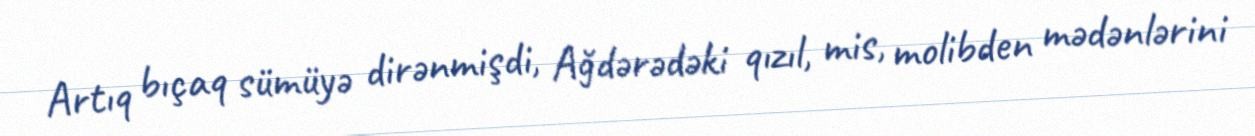
Artıq bıçaq sümüyə dirənmişdi, Ağdərədəki qızıl, mis, molibden mədənlərini